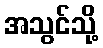
အသွင်သို့